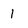
Character: 1